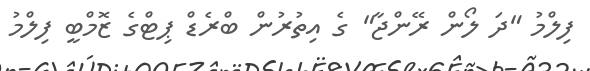
ފިލްމު "ދަ ލޯން ރޭންޖާ" ގެ އިތުރުން ބްރެޑް ޕިޓްގެ ޒޮމްބީ ފިލްމު